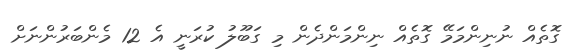
ގޮތެއް ނުނިންމަމޭ ގޮތެއް ނިންމަންދެން މި ގަބޫލު ކުރަނީ އެ 12 މެންބަރުންނަށް